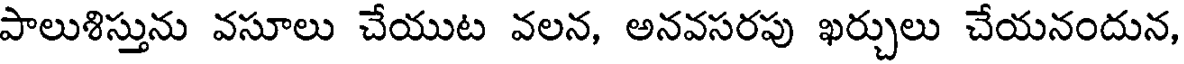
పాలుశిస్తును వసూలు చేయుట వలన, అనవసరపు ఖర్చులు చేయనందున,